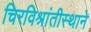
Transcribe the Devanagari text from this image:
चिरविश्रांतीस्थाने